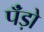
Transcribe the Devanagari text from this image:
पॅंड़ो